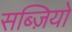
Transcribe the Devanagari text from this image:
सब्ज़ियो